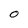
Character: O